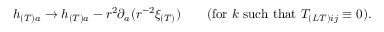
h _ { ( T ) a } \to h _ { ( T ) a } - r ^ { 2 } \partial _ { a } ( r ^ { - 2 } \xi _ { ( T ) } ) \qquad ( \mathrm { f o r } \ k \ \mathrm { s u c h ~ t h a t } \ T _ { ( L T ) i j } \equiv 0 ) .